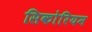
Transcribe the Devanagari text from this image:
सिकोरियम